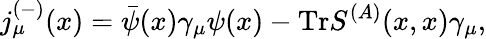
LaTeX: j_{\mu}^{(-)}(x)=\bar{\psi}(x)\gamma_{\mu}\psi(x)-\mathrm{Tr}S^{(A)}(x,x)\gamma_{\mu},